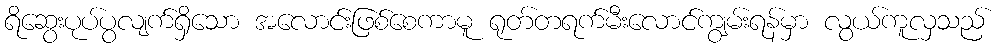
ရိဆွေးပုပ်ပွလျက်ရှိသော အလောင်းဖြစ်စေကာမူ ရုတ်တရက်မီးလောင်ကျွမ်းရန်မှာ လွယ်ကူလှသည်